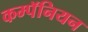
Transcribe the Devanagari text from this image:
कम्पॅनियन